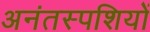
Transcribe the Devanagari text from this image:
अनंतस्पशियों